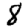
Digit: 8